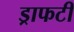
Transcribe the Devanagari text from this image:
ड्राफटी